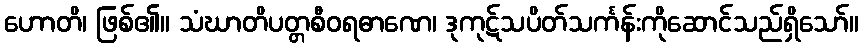
ဟောတိ၊ ဖြစ်၏။ သံဃာတိပတ္တစီဝရဓာဏေ၊ ဒုကုဋ်သပိတ်သင်္ကန်းကိုဆောင်သည်ရှိသော်။